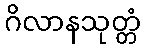
ဂိလာနသုတ္တံ